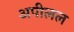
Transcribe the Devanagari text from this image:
अपीलल